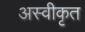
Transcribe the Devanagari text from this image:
अस्‍वीकृत